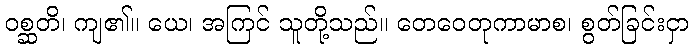
ဝစ္ဆတိ၊ ကျ၏။ ယေ၊ အကြင် သူတို့သည်။ တေဝေတုကာမာစ၊ စွတ်ခြင်းငှာ